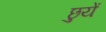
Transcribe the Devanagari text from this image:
छुयें